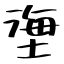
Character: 塰